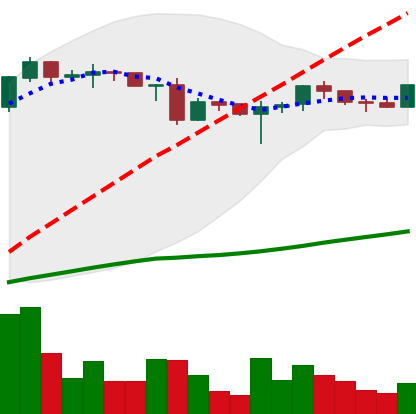
Ticker: ADA-USD
Chart end date: 2020-06-22
Forward return: -7.094%
Label: down_7plus